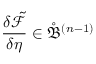
\frac { \delta \tilde { \mathcal { F } } } { \delta \eta } \in \mathring { \mathfrak { B } } ^ { ( n - 1 ) }